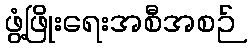
ဖွံ့ဖြိုးရေးအစီအစဉ်